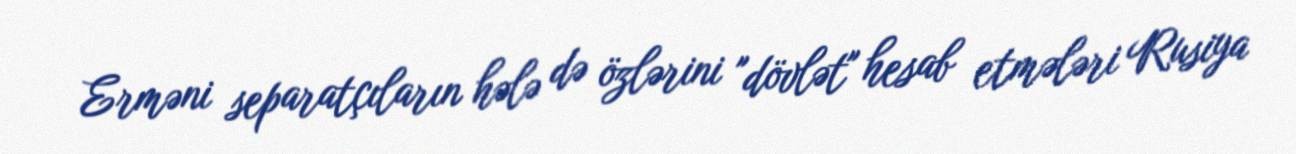
Erməni separatçıların hələ də özlərini "dövlət" hesab etmələri Rusiya